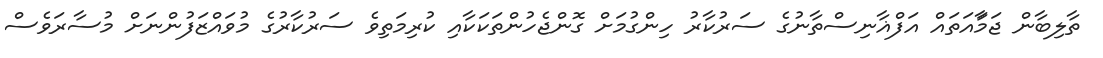
ތާލިބާން ޖަމާައަތައް އަފްޣާނިސްތާނުގެ ސަރުކާރު ހިންގުމަށް ގޮންޖެހުންތަކަކާއި ކުރިމަތިވެ ސަރުކާރުގެ މުވައްޒަފުންނަށް މުސާރަވެސް